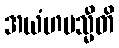
အယံဟမသ္မီတိ